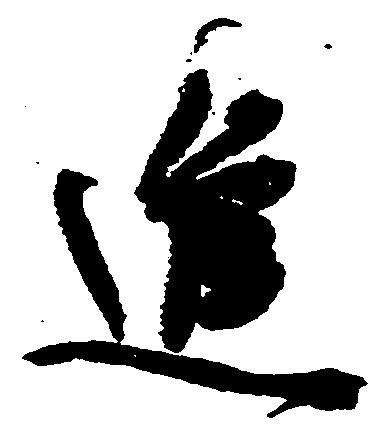
進